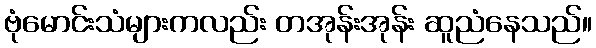
ဗုံမောင်းသံများကလည်း တအုန်းအုန်း ဆူညံနေသည်။